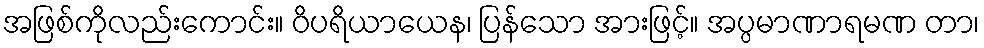
အဖြစ်ကိုလည်းကောင်း။ ဝိပရိယာယေန၊ ပြန်သော အားဖြင့်။ အပ္ပမာဏာရမဏ တာ၊